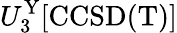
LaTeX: U_{3}^{\mathrm{Y}}[\mathrm{CCSD(T)}]